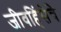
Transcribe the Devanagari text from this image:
जीवहिंसेचे